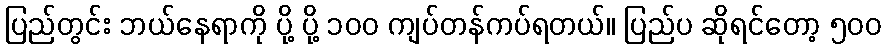
ပြည်တွင်း ဘယ်နေရာကို ပို့ ပို့ ၁၀၀ ကျပ်တန်ကပ်ရတယ်။ ပြည်ပ ဆိုရင်တော့ ၅၀၀